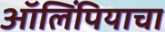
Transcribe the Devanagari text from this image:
ऑलिंपियाचा